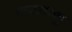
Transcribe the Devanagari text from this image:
फरमाणु